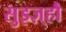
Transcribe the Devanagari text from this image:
सुइज़्हौ